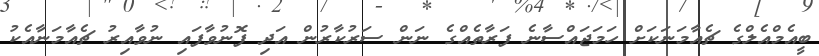
ބީއެމްއެލްގެ ޗެއާމަނަކަށް ހަމަޖައްސާނެ ފަރާތެއްގެ ނަން ސަރުކާރުން އަދި ފޮނުވާފައި ނުވާއިރު ޗެއާމަނާއެކު